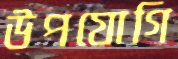
উপযোগি